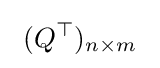
\ (Q^{\top })_{n\times m}\